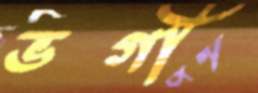
ভগী